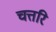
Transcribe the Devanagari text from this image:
चत्तरि